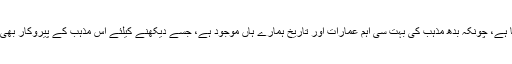
اسی طرح یہ بھی اطلاعات ہیں کہ بدھسٹ کیلئے بھی کافی کام کیا جا رہا ہے، چونکہ بدھ مذہب کی بہت سی اہم عمارات اور تاریخ ہمارے ہاں موجود ہے، جسے دیکھنے کیلئے اس مذہب کے پیروکار بھی پاکستان کا رخ کریں گے، اس سے بھی پاکستان کو بے حد فوائد ہونگے۔